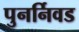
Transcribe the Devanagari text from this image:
पुनर्निवड